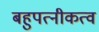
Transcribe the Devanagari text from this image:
बहुपत्नीकत्व